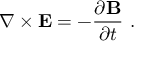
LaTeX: \nabla \times \mathbf { E } = - { \frac { \partial \mathbf { B } } { \partial t } } \ .